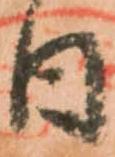
日